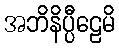
အဘိနိပ္ပီဠေမိ